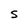
Character: S